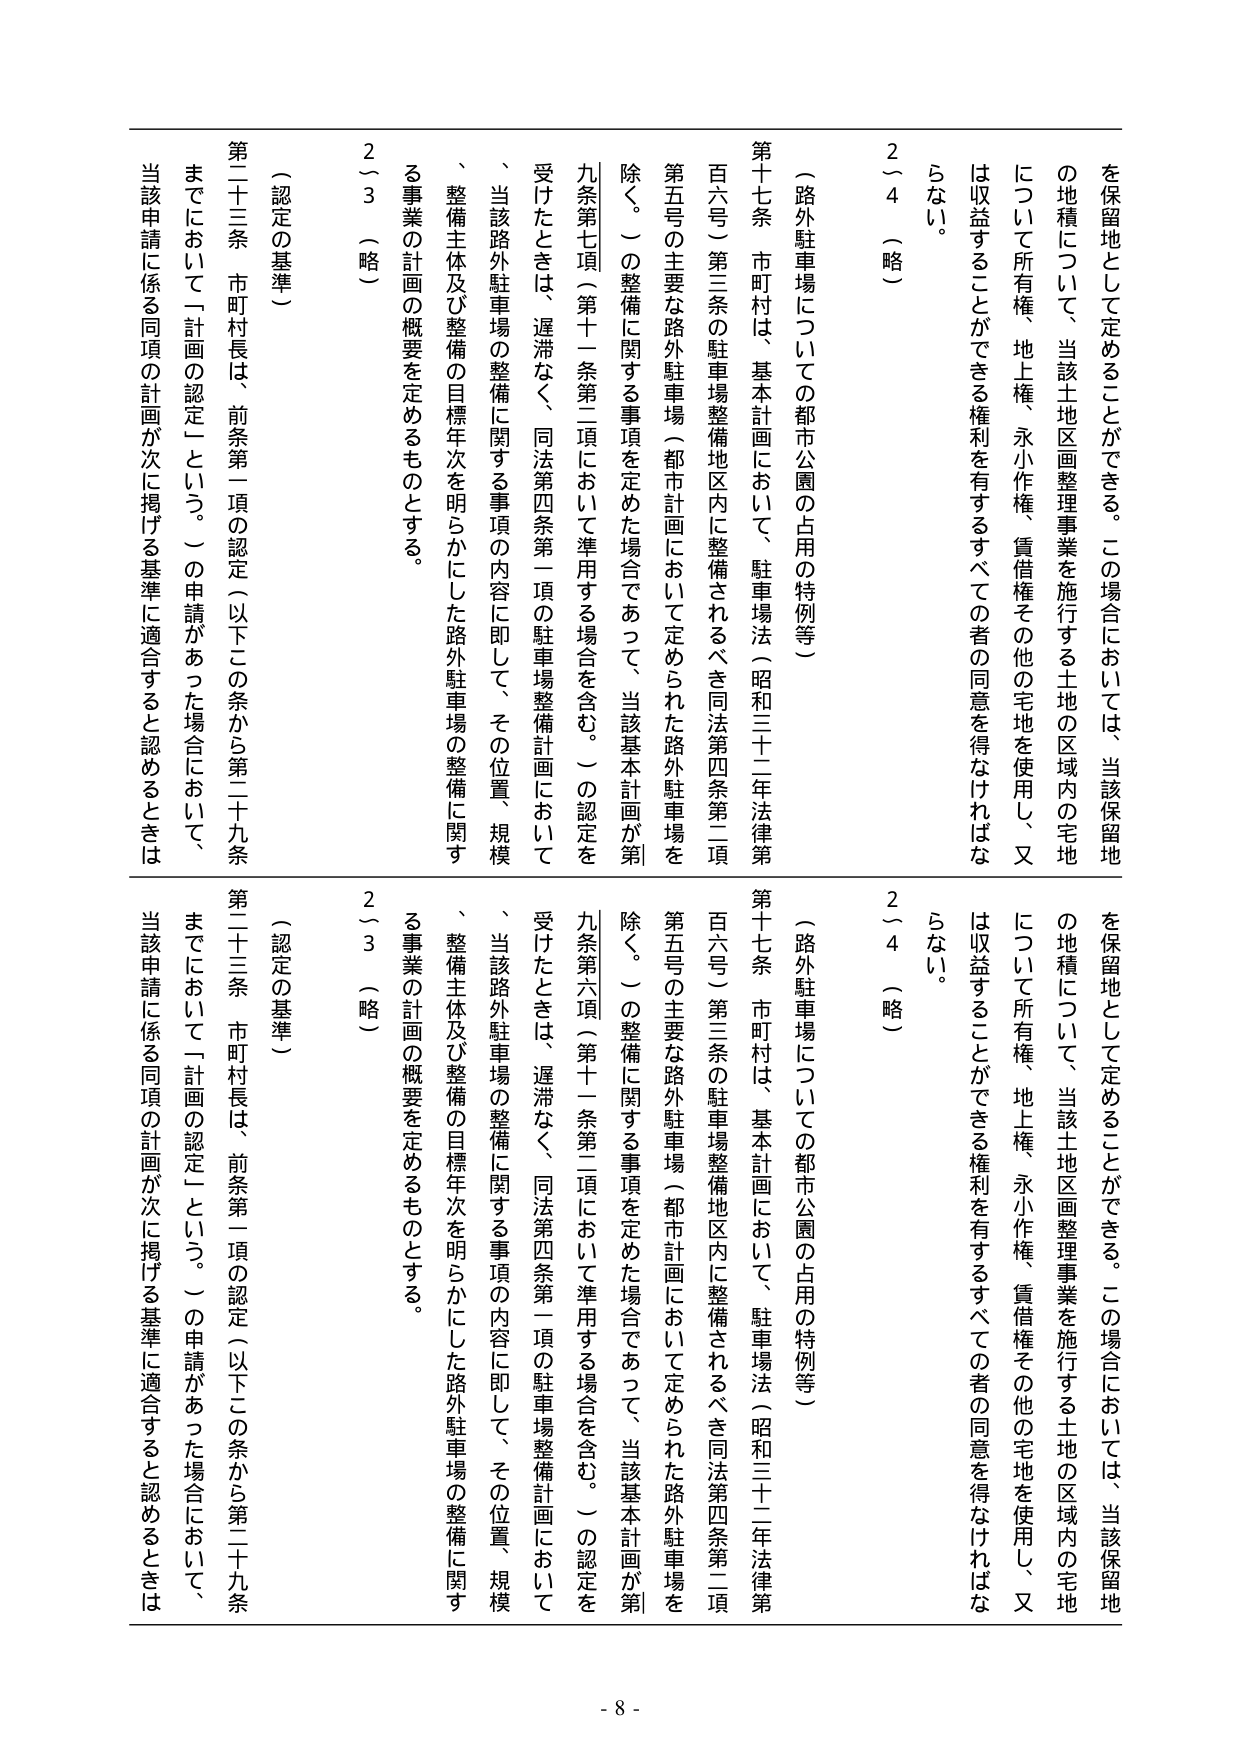
を保留地として定めることができる。この場合においては、当該保留地
の地積について、当該土地区画整理事業を施行する土地の区域内の宅地
について所有権、地上権、永小作権、賃借権その他の宅地を使用し、又
は収益することができる権利を有するすべての者の同意を得なければな
らない。
2～4（略）
（路外駐車場についての都市公園の占用の特例等）
第十七条 市町村は、基本計画において、駐車場法（昭和三十二年法律第
百六号）第三条の駐車場整備地区内に整備されるべき同法第四条第二項
第五号の主要な路外駐車場（都市計画において定められた路外駐車場を
除く。）の整備に関する事項を定めた場合であって、当該基本計画が第
九条第七項（第十一条第二項において準用する場合を含む。）の認定を
受けたときは、遅滞なく、同法第四条第一項の駐車場整備計画において
、当該路外駐車場の整備に関する事項の内容に即して、その位置、規模
、整備主体及び整備の目標年次を明らかにした路外駐車場の整備に関す
る事業の計画の概要を定めるものとする。
2～3（略）
（認定の基準）
第二十三条 市町村長は、前条第一項の認定（以下この条から第二十九条
までにおいて「計画の認定」という。）の申請があった場合において、
当該申請に係る同項の計画が次に掲げる基準に適合すると認めるときは

を保留地として定めることができる。この場合においては、当該保留地
の地積について、当該土地区画整理事業を施行する土地の区域内の宅地
について所有権、地上権、永小作権、賃借権その他の宅地を使用し、又
は収益することができる権利を有するすべての者の同意を得なければな
らない。
2～4（略）
（路外駐車場についての都市公園の占用の特例等）
第十七条 市町村は、基本計画において、駐車場法（昭和三十二年法律第
百六号）第三条の駐車場整備地区内に整備されるべき同法第四条第二項
第五号の主要な路外駐車場（都市計画において定められた路外駐車場を
除く。）の整備に関する事項を定めた場合であって、当該基本計画が第
九条第六項（第十一条第二項において準用する場合を含む。）の認定を
受けたときは、遅滞なく、同法第四条第一項の駐車場整備計画において
、当該路外駐車場の整備に関する事項の内容に即して、その位置、規模
、整備主体及び整備の目標年次を明らかにした路外駐車場の整備に関す
る事業の計画の概要を定めるものとする。
2～3（略）
（認定の基準）
第二十三条 市町村長は、前条第一項の認定（以下この条から第二十九条
までにおいて「計画の認定」という。）の申請があった場合において、
当該申請に係る同項の計画が次に掲げる基準に適合すると認めるときは

- 8 -